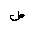
Letter: _sad